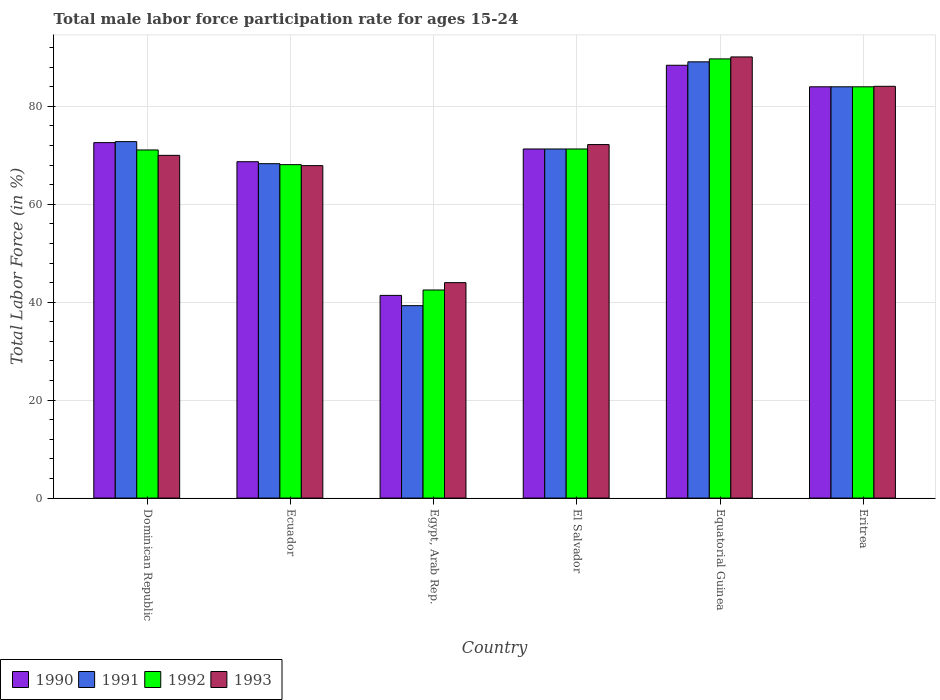
| Country | 1990 | 1991 | 1992 | 1993 |
 | --- | --- | --- | --- | --- |
 | Dominican Republic | 72.6 | 72.8 | 71.1 | 70 |
 | Ecuador | 68.7 | 68.3 | 68.1 | 67.9 |
 | Egypt, Arab Rep. | 41.4 | 39.3 | 42.5 | 44 |
 | El Salvador | 71.3 | 71.3 | 71.3 | 72.2 |
 | Equatorial Guinea | 88.4 | 89.1 | 89.7 | 90.1 |
 | Eritrea | 84 | 84 | 84 | 84.1 |